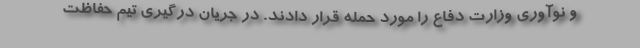
و نوآوری وزارت دفاع را مورد حمله قرار دادند. در جریان درگیری تیم حفاظت